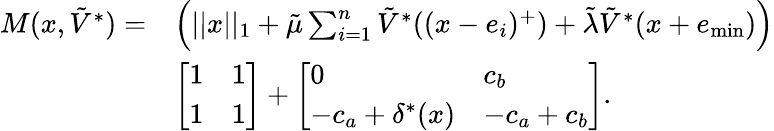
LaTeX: \begin{array}{rl}{M(x,\tilde{V}^{*})=}&{\Big(||x||_{1}+\tilde{\mu}\sum_{i=1}^{n}\tilde{V}^{*}((x-e_{i})^{+})+\tilde{\lambda}\tilde{V}^{*}(x+e_{\operatorname*{min}})\Big)}\\ &{\left[\begin{array}{ll}{1}&{1}\\ {1}&{1}\end{array}\right]+\left[\begin{array}{ll}{0}&{c_{b}}\\ {-c_{a}+\delta^{*}(x)}&{-c_{a}+c_{b}}\end{array}\right].}\end{array}